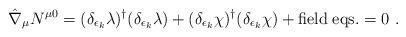
LaTeX: \begin{align*}\hat \nabla _\mu N^{\mu 0} = ( {\delta_{\epsilon_k}\lambda})^\dagger ( \delta_{\epsilon_k}\lambda) + ( {\delta_{\epsilon_k}\chi} )^\dagger ( \delta_{\epsilon_k}\chi ) + {\rm field \; eqs.} =0 \ .\end{align*}